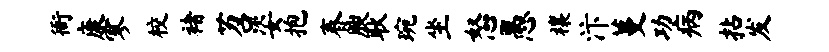
衙康寥校褚苕姿抱春腴耿琬坐怒愚禳汴蔓功病拈发